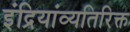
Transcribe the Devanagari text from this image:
इंद्रियांव्यतिरिक्त